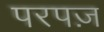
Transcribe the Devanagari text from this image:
परपज़